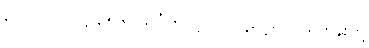
၃-ပါ-၂၂၂၊ ဋ္ဌ-၃၅၆။ သင်္ဂဟ-ဋ္ဌ၂၂၁။ ၄-ဋ္ဌ-၇၂။ ရဟန်းတို့